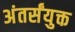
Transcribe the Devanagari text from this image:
अंतर्संयुक्त